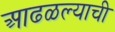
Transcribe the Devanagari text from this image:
आढळल्याची